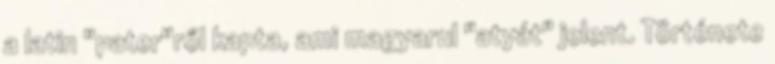
a latin "pater"ről kapta, ami magyarul "atyát" jelent. Története